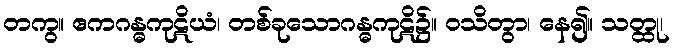
တကွ။ ဧကဂန္ဓကုဋိယံ၊ တစ်ခုသောဂန္ဓကုဋိ၌။ ဝသိတွာ၊ နေ၍။ သတ္ထု၊